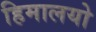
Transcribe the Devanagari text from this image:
हिमालयो